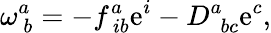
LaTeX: \omega_{\ b}^{a}=-f_{\ ib}^{a}\mathrm{e}^{i}-D_{\ \ bc}^{a}\mathrm{e}^{c},